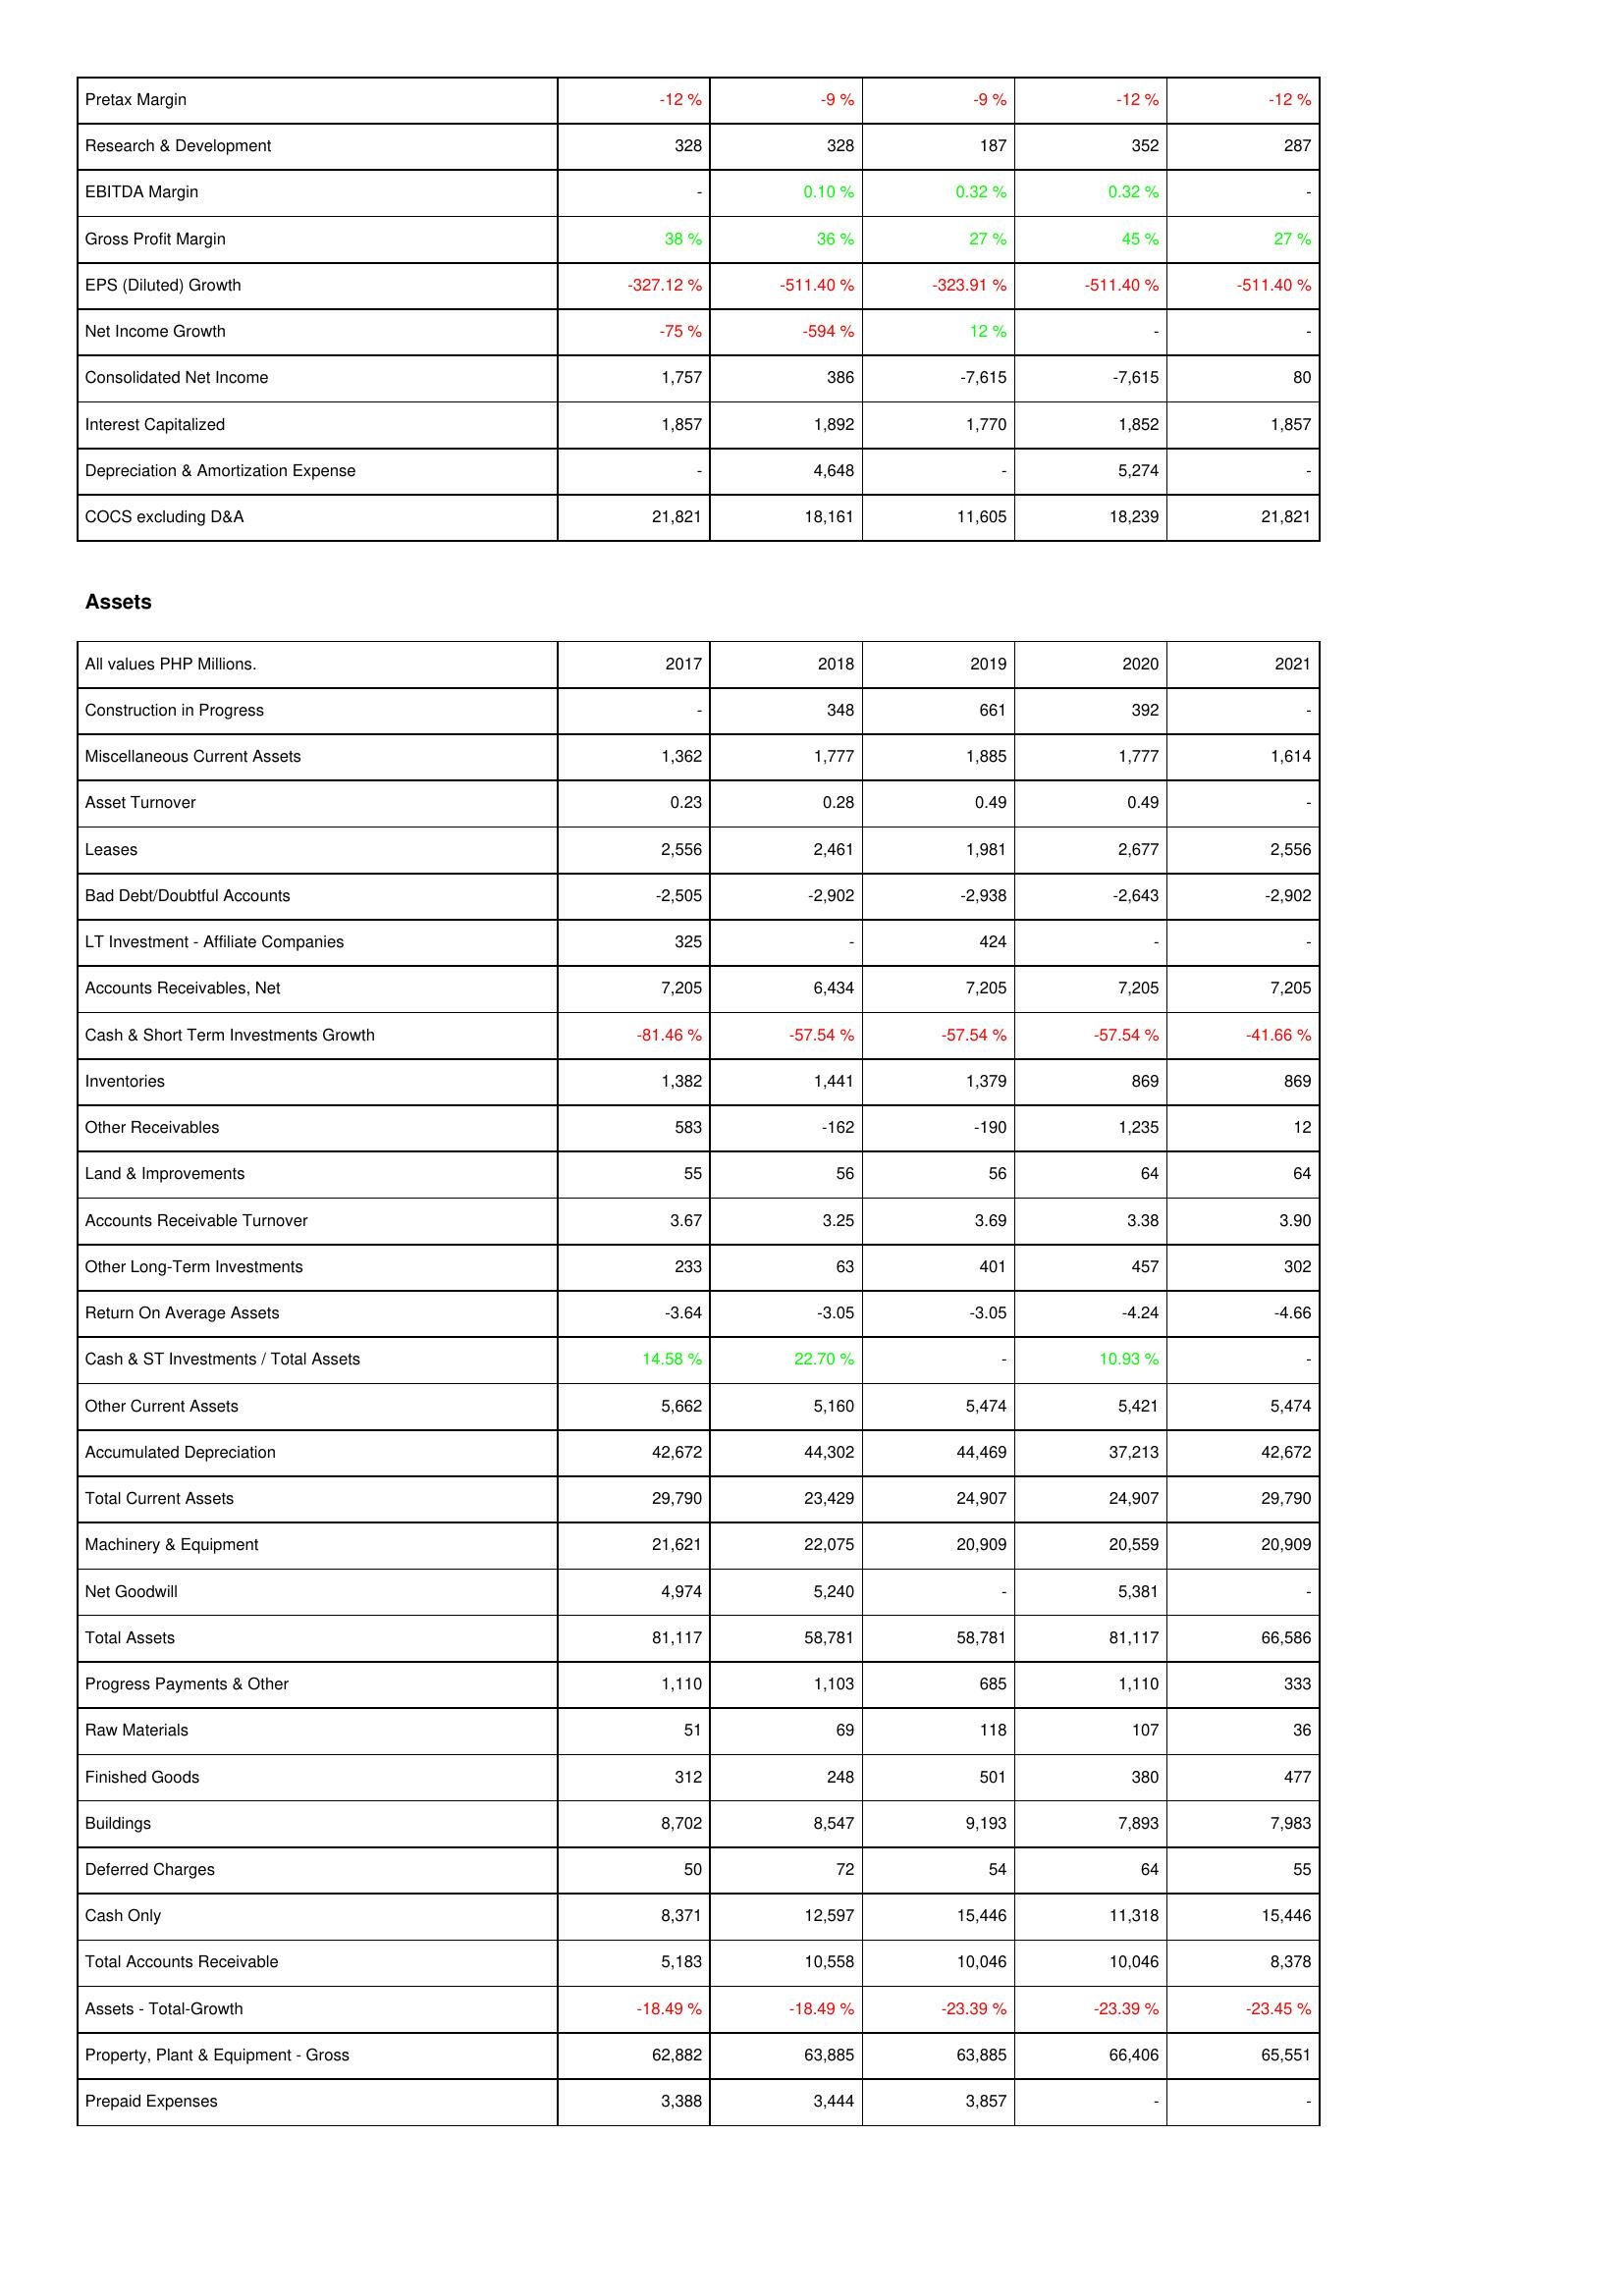
2017: Income Statement: Pretax Margin: -12 %
Research & Development: 328
EBITDA Margin: -
Gross Profit Margin: 38 %
EPS (Diluted) Growth: -327.12 %
Net Income Growth: -75 %
Consolidated Net Income: 1,757
Interest Capitalized: 1,857
Depreciation & Amortization Expense: -
COCS excluding D&A: 21,821
Assets: Construction in Progress: -
Miscellaneous Current Assets: 1,362
Asset Turnover: 0.23
Leases: 2,556
Bad Debt/Doubtful Accounts: -2,505
LT Investment - Affiliate Companies: 325
Accounts Receivables, Net: 7,205
Cash & Short Term Investments Growth: -81.46 %
Inventories: 1,382
Other Receivables: 583
Land & Improvements: 55
Accounts Receivable Turnover: 3.67
Other Long-Term Investments: 233
Return On Average Assets: -3.64
Cash & ST Investments / Total Assets: 14.58 %
Other Current Assets: 5,662
Accumulated Depreciation: 42,672
Total Current Assets: 29,790
Machinery & Equipment: 21,621
Net Goodwill: 4,974
Total Assets: 81,117
Progress Payments & Other: 1,110
Raw Materials: 51
Finished Goods: 312
Buildings: 8,702
Deferred Charges: 50
Cash Only: 8,371
Total Accounts Receivable: 5,183
Assets - Total-Growth: -18.49 %
Property, Plant & Equipment - Gross: 62,882
Prepaid Expenses: 3,388
2018: Income Statement: Pretax Margin: -9 %
Research & Development: 328
EBITDA Margin: 0.10 %
Gross Profit Margin: 36 %
EPS (Diluted) Growth: -511.40 %
Net Income Growth: -594 %
Consolidated Net Income: 386
Interest Capitalized: 1,892
Depreciation & Amortization Expense: 4,648
COCS excluding D&A: 18,161
Assets: Construction in Progress: 348
Miscellaneous Current Assets: 1,777
Asset Turnover: 0.28
Leases: 2,461
Bad Debt/Doubtful Accounts: -2,902
LT Investment - Affiliate Companies: -
Accounts Receivables, Net: 6,434
Cash & Short Term Investments Growth: -57.54 %
Inventories: 1,441
Other Receivables: -162
Land & Improvements: 56
Accounts Receivable Turnover: 3.25
Other Long-Term Investments: 63
Return On Average Assets: -3.05
Cash & ST Investments / Total Assets: 22.70 %
Other Current Assets: 5,160
Accumulated Depreciation: 44,302
Total Current Assets: 23,429
Machinery & Equipment: 22,075
Net Goodwill: 5,240
Total Assets: 58,781
Progress Payments & Other: 1,103
Raw Materials: 69
Finished Goods: 248
Buildings: 8,547
Deferred Charges: 72
Cash Only: 12,597
Total Accounts Receivable: 10,558
Assets - Total-Growth: -18.49 %
Property, Plant & Equipment - Gross: 63,885
Prepaid Expenses: 3,444
2019: Income Statement: Pretax Margin: -9 %
Research & Development: 187
EBITDA Margin: 0.32 %
Gross Profit Margin: 27 %
EPS (Diluted) Growth: -323.91 %
Net Income Growth: 12 %
Consolidated Net Income: -7,615
Interest Capitalized: 1,770
Depreciation & Amortization Expense: -
COCS excluding D&A: 11,605
Assets: Construction in Progress: 661
Miscellaneous Current Assets: 1,885
Asset Turnover: 0.49
Leases: 1,981
Bad Debt/Doubtful Accounts: -2,938
LT Investment - Affiliate Companies: 424
Accounts Receivables, Net: 7,205
Cash & Short Term Investments Growth: -57.54 %
Inventories: 1,379
Other Receivables: -190
Land & Improvements: 56
Accounts Receivable Turnover: 3.69
Other Long-Term Investments: 401
Return On Average Assets: -3.05
Cash & ST Investments / Total Assets: -
Other Current Assets: 5,474
Accumulated Depreciation: 44,469
Total Current Assets: 24,907
Machinery & Equipment: 20,909
Net Goodwill: -
Total Assets: 58,781
Progress Payments & Other: 685
Raw Materials: 118
Finished Goods: 501
Buildings: 9,193
Deferred Charges: 54
Cash Only: 15,446
Total Accounts Receivable: 10,046
Assets - Total-Growth: -23.39 %
Property, Plant & Equipment - Gross: 63,885
Prepaid Expenses: 3,857
2020: Income Statement: Pretax Margin: -12 %
Research & Development: 352
EBITDA Margin: 0.32 %
Gross Profit Margin: 45 %
EPS (Diluted) Growth: -511.40 %
Net Income Growth: -
Consolidated Net Income: -7,615
Interest Capitalized: 1,852
Depreciation & Amortization Expense: 5,274
COCS excluding D&A: 18,239
Assets: Construction in Progress: 392
Miscellaneous Current Assets: 1,777
Asset Turnover: 0.49
Leases: 2,677
Bad Debt/Doubtful Accounts: -2,643
LT Investment - Affiliate Companies: -
Accounts Receivables, Net: 7,205
Cash & Short Term Investments Growth: -57.54 %
Inventories: 869
Other Receivables: 1,235
Land & Improvements: 64
Accounts Receivable Turnover: 3.38
Other Long-Term Investments: 457
Return On Average Assets: -4.24
Cash & ST Investments / Total Assets: 10.93 %
Other Current Assets: 5,421
Accumulated Depreciation: 37,213
Total Current Assets: 24,907
Machinery & Equipment: 20,559
Net Goodwill: 5,381
Total Assets: 81,117
Progress Payments & Other: 1,110
Raw Materials: 107
Finished Goods: 380
Buildings: 7,893
Deferred Charges: 64
Cash Only: 11,318
Total Accounts Receivable: 10,046
Assets - Total-Growth: -23.39 %
Property, Plant & Equipment - Gross: 66,406
Prepaid Expenses: -
2021: Income Statement: Pretax Margin: -12 %
Research & Development: 287
EBITDA Margin: -
Gross Profit Margin: 27 %
EPS (Diluted) Growth: -511.40 %
Net Income Growth: -
Consolidated Net Income: 80
Interest Capitalized: 1,857
Depreciation & Amortization Expense: -
COCS excluding D&A: 21,821
Assets: Construction in Progress: -
Miscellaneous Current Assets: 1,614
Asset Turnover: -
Leases: 2,556
Bad Debt/Doubtful Accounts: -2,902
LT Investment - Affiliate Companies: -
Accounts Receivables, Net: 7,205
Cash & Short Term Investments Growth: -41.66 %
Inventories: 869
Other Receivables: 12
Land & Improvements: 64
Accounts Receivable Turnover: 3.90
Other Long-Term Investments: 302
Return On Average Assets: -4.66
Cash & ST Investments / Total Assets: -
Other Current Assets: 5,474
Accumulated Depreciation: 42,672
Total Current Assets: 29,790
Machinery & Equipment: 20,909
Net Goodwill: -
Total Assets: 66,586
Progress Payments & Other: 333
Raw Materials: 36
Finished Goods: 477
Buildings: 7,983
Deferred Charges: 55
Cash Only: 15,446
Total Accounts Receivable: 8,378
Assets - Total-Growth: -23.45 %
Property, Plant & Equipment - Gross: 65,551
Prepaid Expenses: -